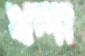
খলা